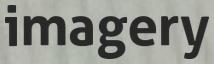
imagery